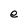
Character: e